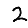
Digit: 2